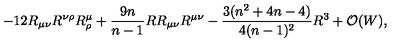
- 1 2 R _ { \mu \nu } R ^ { \nu \rho } R _ { \rho } ^ { \mu } + { \frac { 9 n } { n - 1 } } R R _ { \mu \nu } R ^ { \mu \nu } - { \frac { 3 ( n ^ { 2 } + 4 n - 4 ) } { 4 ( n - 1 ) ^ { 2 } } } R ^ { 3 } + { \cal O } ( W ) ,